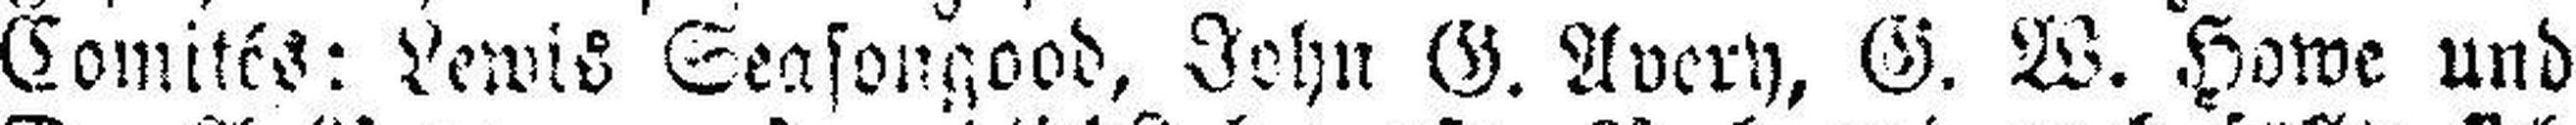
Comités: Lewis Seasongood, John G. Avery, G. W. Howe und